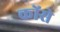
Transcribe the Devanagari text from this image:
कोंसे